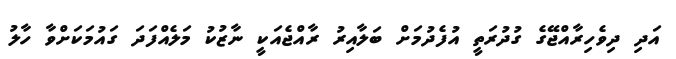
އަދި ދިވެހިރާއްޖޭގެ ގުދުރަތީ އުފެދުމަށް ބަލާއިރު ރާއްޖެއަކީ ނާޒުކު މަލެއްފަދަ ގައުމަކަށްވާ ހާލު